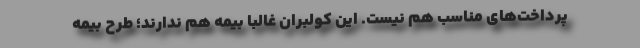
پرداخت‌های مناسب هم نیست. این کولبران غالباً بیمه هم ندارند؛ طرح بیمه